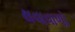
થવાવાળો